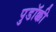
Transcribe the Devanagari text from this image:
पुडॉक्की